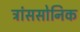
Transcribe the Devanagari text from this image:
ट्रांससोनिक